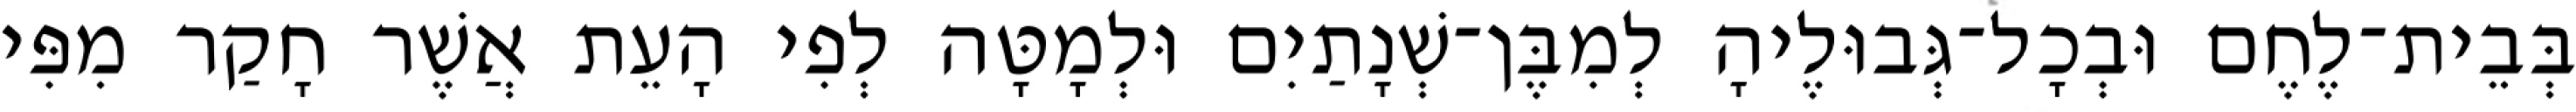
בְּבֵית־לֶחֶם וּבְכָל־גְּבוּלֶיהָ לְמִבֶּן־שְׁנָתַיִם וּלְמָטָּה לְפִי הָעֵת אֲשֶׁר חָקַר מִפִּי